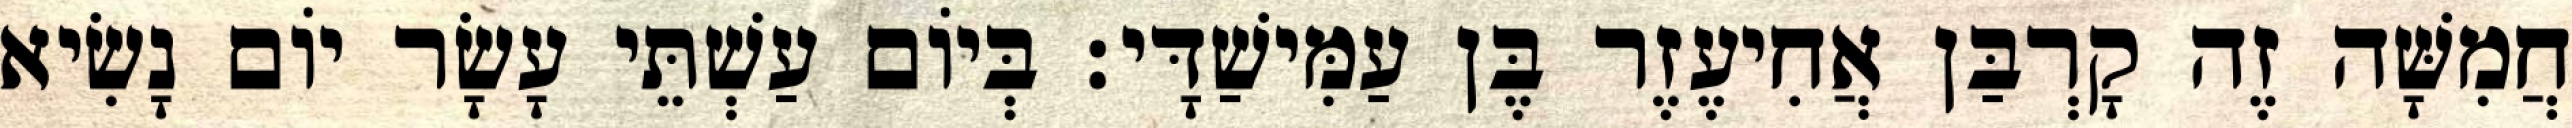
חֲמִשָּׁה זֶה קָרְבַּן אֲחִיעֶזֶר בֶּן עַמִּישַׁדָּי׃ בְּיוֹם עַשְׁתֵּי עָשָׂר יוֹם נָשִׂיא